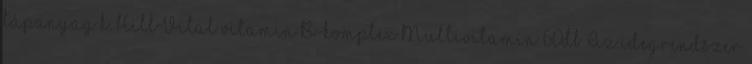
tápanyag k. HillVital vitamin B-komplex Multivitamin 60db Az idegrendszer